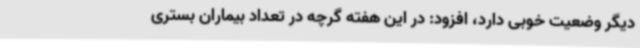
دیگر وضعیت خوبی دارد، افزود: در این هفته گرچه در تعداد بیماران بستری